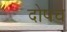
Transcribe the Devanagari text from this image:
दोषच